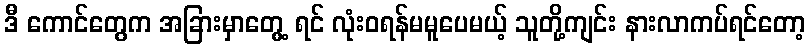
ဒီ ကောင်တွေက အခြားမှာတွေ့ ရင် လုံးဝရန်မမူပေမယ့် သူတို့ကျင်း နားလာကပ်ရင်တော့